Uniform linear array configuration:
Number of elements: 24
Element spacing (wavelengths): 0.75
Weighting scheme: uniform
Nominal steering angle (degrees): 0
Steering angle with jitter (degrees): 0.0129
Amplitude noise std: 0.05
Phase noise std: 0.05

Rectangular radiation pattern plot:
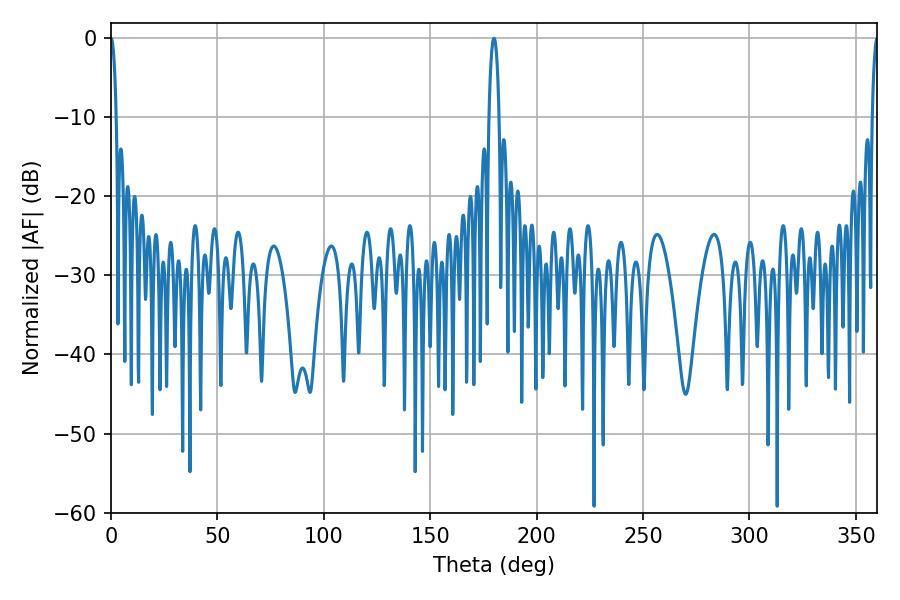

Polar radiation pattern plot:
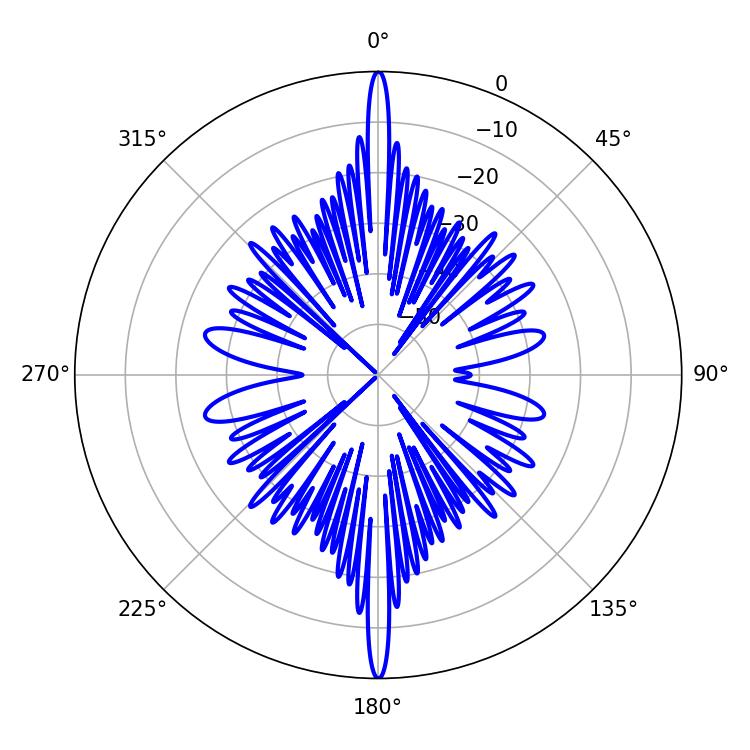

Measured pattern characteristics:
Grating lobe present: TRUE
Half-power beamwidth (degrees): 2.7
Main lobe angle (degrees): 180